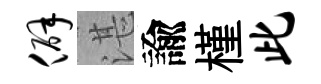
僻湛諭槿此